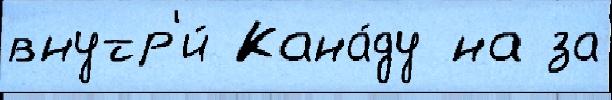
внутр'и́ Кана́ду на за